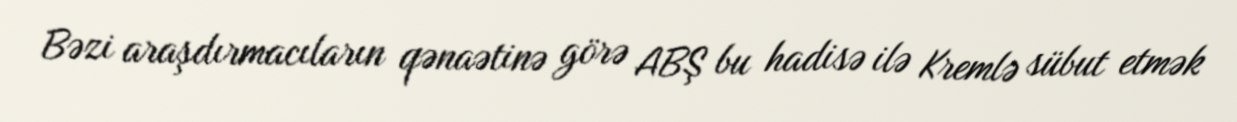
Bəzi araşdırmacıların qənaətinə görə ABŞ bu hadisə ilə Kremlə sübut etmək